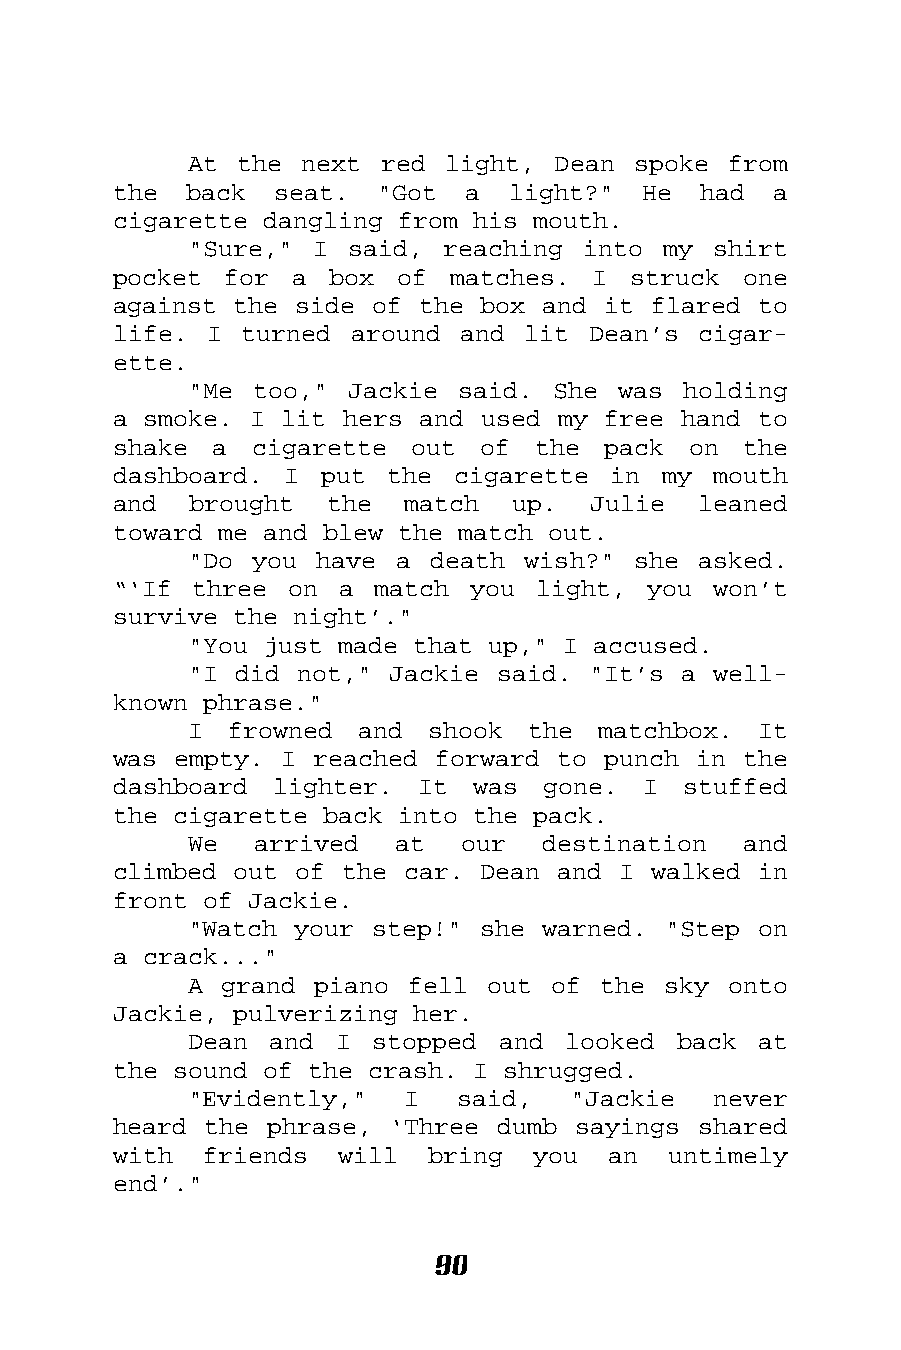
At the next  red light, Dean spoke  from
 the  back  seat. "Got  a  light?"  He  had  a
 cigarette dangling from his mouth.
 "Sure," I said,  reaching into my  shirt
 pocket for  a box  of matches.  I struck  one
 against the side of the box and it flared  to
 life. I turned  around and lit Dean’s  cigar-
 ette.
 "Me too," Jackie  said. She was  holding
 a smoke. I lit hers and used my free hand  to
 shake a  cigarette  out of  the pack  on  the
 dashboard. I  put the cigarette  in my  mouth
 and  brought  the  match  up.  Julie   leaned
 toward me and blew the match out.
 "Do you have  a death wish?" she  asked.
 “‘If three  on a match  you light, you  won’t
 survive the night’."
 "You just made that up," I accused.
 "I did not," Jackie said. "It’s a  well-
 known phrase."
 I frowned  and  shook the  matchbox.  It
 was empty. I reached forward to punch in  the
 dashboard lighter.  It  was gone.  I  stuffed
 the cigarette back into the pack.
 We  arrived   at  our  destination   and
 climbed out of the car. Dean and I walked  in
 front of Jackie.
 "Watch your step!" she warned. "Step  on
 a crack..."
 A grand piano fell  out of the sky  onto
 Jackie, pulverizing her.
 Dean and  I stopped and  looked back  at
 the sound of the crash. I shrugged.
 "Evidently,"  I   said,  "Jackie   never
 heard the phrase, ‘Three dumb sayings  shared
 with  friends  will  bring  you  an  untimely
 end’."
 90